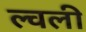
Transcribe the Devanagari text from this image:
ल्वली